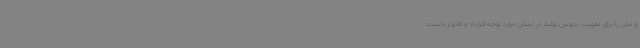
و ملی را برای تقویت جهش تولید در استان مورد توجه قرارداد و اظهار داشت: